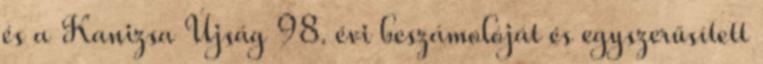
és a Kanizsa Újság 98. évi beszámolóját és egyszerűsített